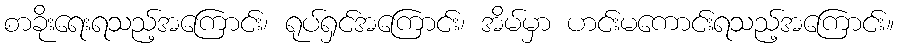
စာခိုးရေးရသည့်အကြောင်း၊ ရုပ်ရှင်အကြောင်း၊ အိမ်မှာ ဟင်းမကောင်းရသည့်အကြောင်း။